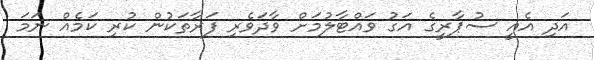
އަދި އެއީ ސުޕާރީގެ އަގު ވައްޓާލުމަށް ވާދަވެރި ފަރާތަކުން ކުރި ކަމެއް ނަމަ